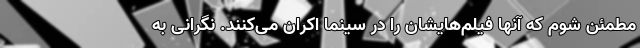
مطمئن شوم که آنها فیلم‌هایشان را در سینما اکران می‌کنند. نگرانی به